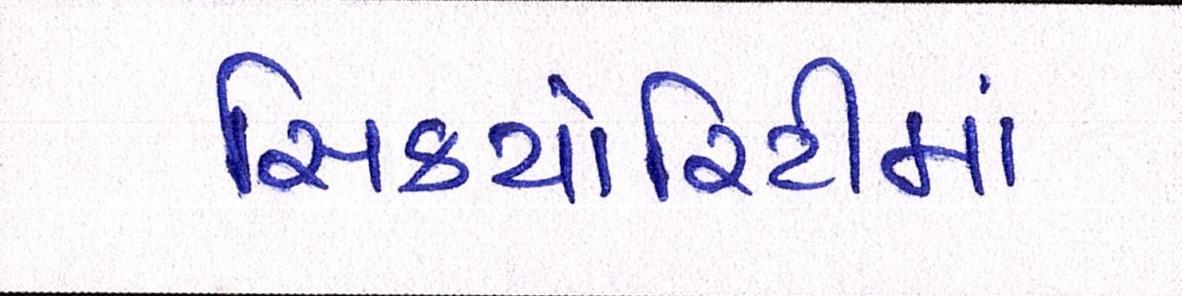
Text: સિક્યોરિટીમાં